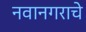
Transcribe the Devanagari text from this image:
नवानगराचे